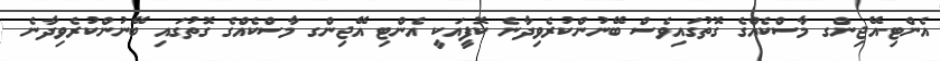
އެންޓި-އޭޖިންގ މާސްކެއްގެ ގޮތުގައިވެސް ބޭނުންކުރެވިދާނެ ކޮފީއަކީ އެންޓި އޭޖިންގ މާސްކެއްގެ ގޮތުގައި ބޭނުންކުރެވިދާނެ